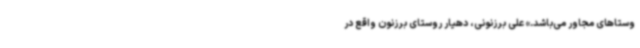
وستاهای مجاور می‌باشد.» علی برزنونی، دهیار روستای برزنون واقع در